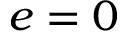
e = 0